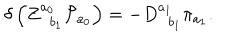
\delta \left( Z _ { \; \; b _ { 1 } } ^ { a _ { 0 } } { \cal P } _ { a _ { 0 } } \right) = - D _ { \; \; b _ { 1 } } ^ { a _ { 1 } } \pi _ { a _ { 1 } } .